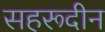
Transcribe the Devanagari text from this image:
सहरूदीन